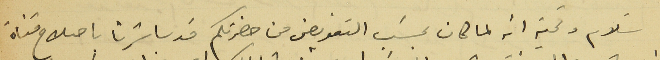
سَلام وتحية انه لما كان بحسَب التفويض من حضرتكم قد باشرنا باصلاح قناة